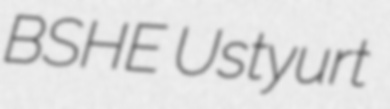
BSHE Ustyurt